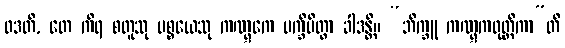
ဝဒတိ, တေ ကိရ စတူသု ပစ္စယေသု ကဏ္ဋကေ ပက္ခိပိတွာ ခါဒန္တိ။ “ဘိက္ခူ ကဏ္ဋကဝုတ္တိကာ”တိ